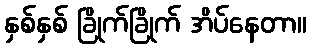
နှစ်နှစ် ခြိုက်ခြိုက် အိပ်နေတာ။